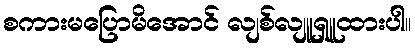
စကားမပြောမိအောင် လျစ်လျူရှူထားပါ။